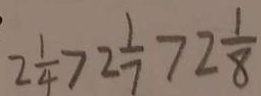
2 \frac { 1 } { 4 } > 2 \frac { 1 } { 7 } > 2 \frac { 1 } { 8 }